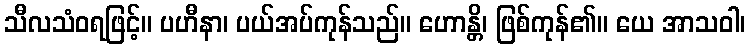
သီလသံဝရဖြင့်။ ပဟီနာ၊ ပယ်အပ်ကုန်သည်။ ဟောန္တိ၊ ဖြစ်ကုန်၏။ ယေ အာသဝါ၊